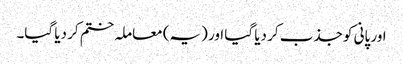
اور پانی کو جذب کر دیا گیا اور (یہ) معاملہ ختم کر دیا گیا۔